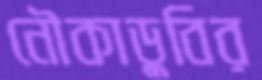
নৌকাডুবির